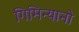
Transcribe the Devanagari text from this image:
गिमिन्यानो